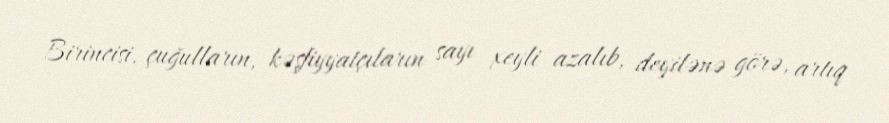
Birincisi, çuğulların, kəşfiyyatçıların sayı xeyli azalıb, deyilənə görə, artıq